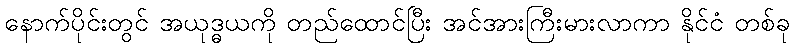
နောက်ပိုင်းတွင် အယုဒ္ဓယကို တည်ထောင်ပြီး အင်အားကြီးမားလာကာ နိုင်ငံ တစ်ခု